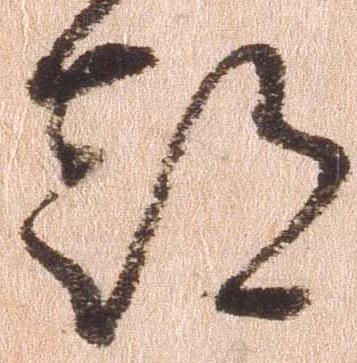
都